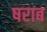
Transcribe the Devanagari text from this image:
षराब